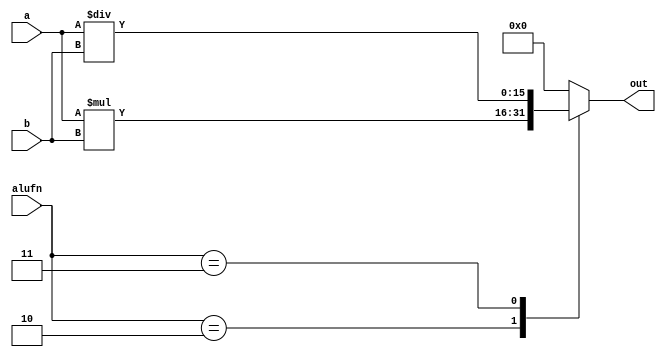
module multiplier_13 (
    input [15:0] a,
    input [15:0] b,
    input [5:0] alufn,
    output reg [15:0] out
  );
  
  
  
  always @* begin
    out = 1'h0;
    
    case (alufn)
      6'h02: begin
        out = $signed(a) * $signed(b);
      end
      6'h03: begin
        out = $signed(a) / $signed(b);
      end
    endcase
  end
endmodule